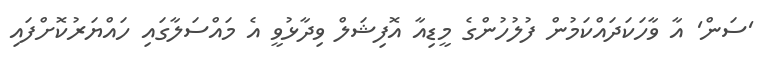
'ސަން' އާ ވާހަކަދައްކަމުން ފުލުހުންގެ މީޑިއާ އޮފިޝަލް ވިދާޅުވީ އެ މައްސަލާގައި ހައްޔަރުކޮށްފައި